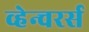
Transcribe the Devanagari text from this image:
व्हेन्चरर्स